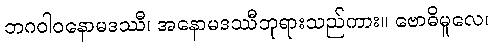
ဘဂဝါဝနောမဒဿီ၊ အနောမဒဿီဘုရားသည်ကား။ ဗောဓိမူလေ၊